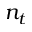
n _ { t }